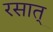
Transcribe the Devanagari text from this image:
रसात्